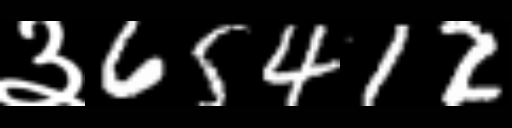
Text: ३65412